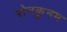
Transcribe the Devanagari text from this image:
पोनकुनम